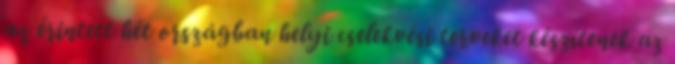
az érintett hét országban helyi cselekvési terveket készítenek az